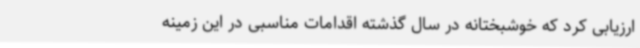
ارزیابی کرد که خوشبختانه در سال گذشته اقدامات مناسبی در این زمینه